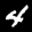
Label: 4